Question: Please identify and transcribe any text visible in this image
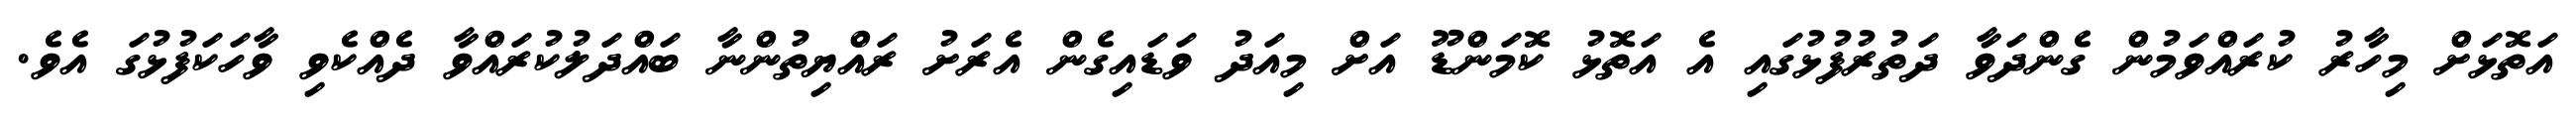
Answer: އަތޮޅަށް މިހާރު ކުރައްވަމުން ގެންދަވާ ދަތުރުފުޅުގައި އެ އަތޮޅު ކޮމަންޑޫ އަށް މިއަދު ވަޑައިގެން އެރަށު ރައްޔިތުންނާ ބައްދަލުކުރައްވާ ދެއްކެވި ވާހަކަފުޅުގަ އެވެ.